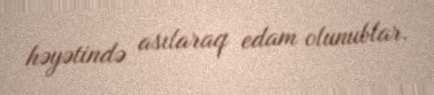
həyətində asılaraq edam olunublar.